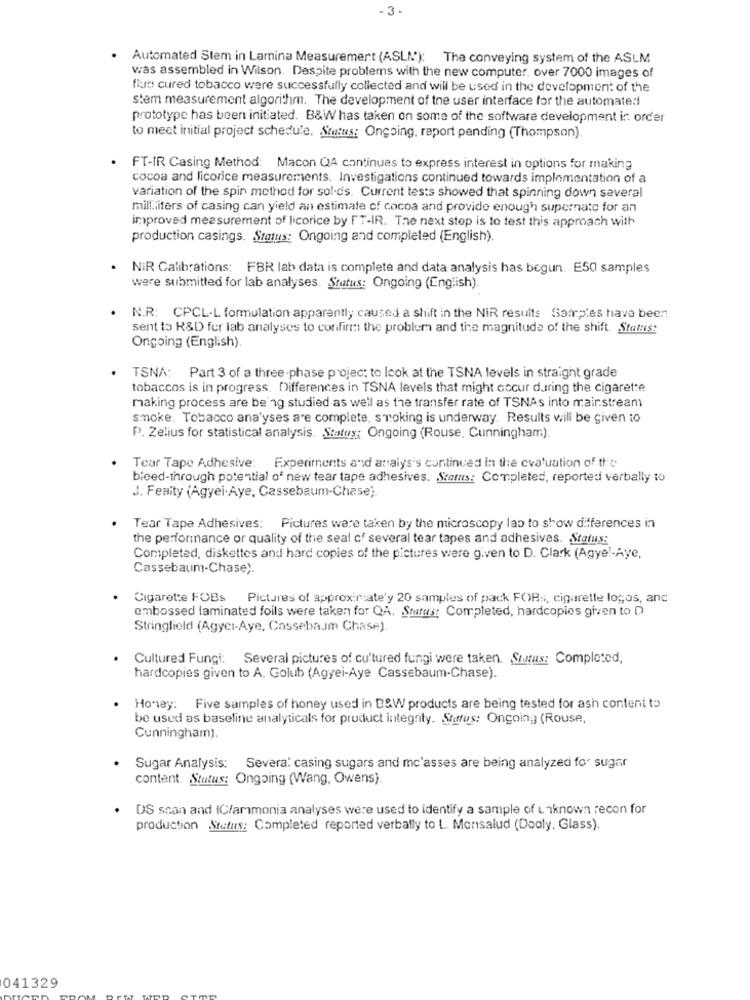
-3.
Automated Stem in Lamina Measurement (ASLM): The conveying system of the ASLM
was assembled in Wilson. Despite problems with the new computer. over 7000 images of
flue cured tobacco were successfully collected and will be used in the development of the
stem measurement algorithm. The development of the user interface for the automated
prototype has been initiated. B&W has taken on some of the software development ir. order
to meet initial project schedule. Status: Ongoing, report pending (Thompson).
FT-IR Casing Method: Macon QA continues to express interest in options for making
cocoa and licorice measurements. Investigations continued towards implementation of a
variation of the spin method for sol-ds. Current tests showed that spinning down several
milliliters of casing can yield an estimate of cocoa and provide enough supernato for an
improved measurement of licorice by FT-IR. The next step is to test this approach with
production casings. Status: Ongoing and completed (English).
NIR Calibrations: FBR lab data is complete and data analysis has begun. E50 samples
were submitted for lab analyses. Status: Ongoing (English)
N.R: CPCL-L formulation apparently caused a shift in the NiR results Samples have been
sent to R&D fer lab analyses to confirm the problem and the magnitude of the shift. Status:
Ongoing (English).
TSNA: Part 3 of a three-phase projec: to Icok at the TSNA levels in straight grade
tobaccos is in progress. Differences in TSNA levels that might occur during the cigarette
making process are being studied as well as the transfer rate of TSNAs into mainstream
smoke. Tobacco ana'yses are complete, smoking is underway. Results will be given to
P. Zelius for statistical analysis. Status: Ongoing (Rouse, Cunningham).
Tear Tape Adhesive: Experiments and analysis continued in the evaluation of the
bieed-through potential of new tear tape adhesives. Status: Completed, reported verbally to
J. Femity (Agyei-Aye, Cassebaum-Chase).
Tear Tape Adhesives:
Pictures were taken by the microscopy lap to show differences in
the performance or quality of the seal of several tear tapes and adhesives. Status:
Completed, diskettes and hard copies of the pictures were given to D. Clark (Agyel-Aye,
Cassebaum-Chase).
Cigarette FOBs Pictures of approximately 20 samples of pack FORs, cigaretle logos, and
embossed laminated foils were taken for QA. Status: Completed, hardcopies given to D
Stringfield (Agycı-Aye, Cassebaum Chase).
Cultured Fungi: Several pictures of cu'tured fungi were taken. Status: Completed,
hardcopies given to A. Golub (Agyei-Aye Cassebaum-Chase).
Honey: Five samples of honey used in D&W products are being tested for ash content to
be used as baseline analyticals for product integrity. Status: Ongoing] (Rouse,
Cunningham).
Sugar Analysis: Severa: casing sugars and mc'asses are being analyzed for sugar
content. Status: Ongoing (Wang, Owens).
DS scan and IC/ammonia analyses were used to identify a sample of unknown recon for
production Status: Completed reported verbally to L. Monsalud (Dooly, Glass).
041329